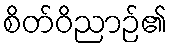
စိတ်ဝိညာဉ်၏